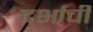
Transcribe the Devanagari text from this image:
दर्भाची